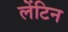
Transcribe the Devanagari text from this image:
लेंटिन